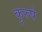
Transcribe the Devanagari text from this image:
कुरुषे